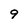
Character: 9